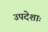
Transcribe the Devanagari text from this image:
उपदेशाः